Annual statistical returns and brief notes on vaccination in Bengal - 1896-1909
Year: 1896
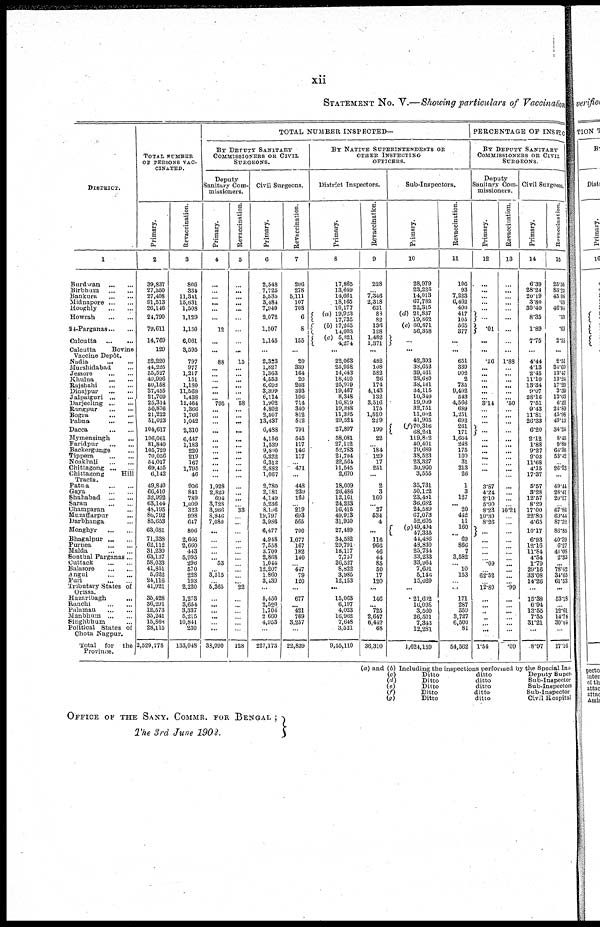
xii
STATEMENT No. V.—Showing particulars of Vaccination
DISTRICT.
1
Burdwan
...
...
Birbhum
...
...
Bankura
...
...
Midnapore
...
...
Hooghly
...
...
Howrah
...
...
24-Parganas ... ...
Calcutta
...
...
Calcutta
Bovine
Vaccine Depôt.
Nadia
...
...
Murshidabad ...
Jessore
...
...
Khulna
...
...
Rajshahi
...
...
Dinajpur
...
...
Jalpaiguri
...
...
Darjeeling
...
...
Rangpur
...
...
Bogra
...
...
Pabna
...
...
Dacca
...
...
Mymensingh ... ...
Faridpur
...
...
Backergunge ...
Tippera
...
...
Noakhali
...
...
Chittagong
...
...
Chittagong Hill
Tract.
Patna
...
...
Gaya
...
...
Shahabad
...
...
Saran
...
...
Champaran ...
Muzaffarpur ...
Darbhanga ...
Monghyr
...
...
Bhagalpur
...
...
Puruea
...
...
Malda
...
...
Sonthal Parganas ...
Cuttack
...
...
Balasore
...
...
Angul
...
...
Puri
...
...
Tributary States of
Orissa.
Hazaribagh
...
Ranchi
...
...
Palamau
...
...
Manbhum
...
...
Singhbhum ...
Political States of
Chota Nagpur.
Total
for
the
Province.
TOTAL NUMBER
OF PERSONS VAC¬
CINATED.
Primary.
2
39,837
27,350
27,408
91,513
26,146
24,790
79,611
14,769
129
52,220
44,225
55,527
40,996
50,158
37,455
21,709
25,314
50,876
21,222
51,023
104,617
196,061
81,840
105,729
70,056
54,017
69,455
6,142
49,840
66,410
32,992
63,144
48,195
80,792
85,653
63,681
71,338
62,112
31,230
63,137
58,033
41,851
5,622
24,116
41,921
35,428
36,291
12,573
35,241
15,868
28,115
2,529,778
Revaccination.
3
806
334
11,341
15,631
1,508
1,129
1,150
6,061
3,595
797
977
1,217
151
1,180
11,568
1,438
11,464
1,366
1,766
1,042
2,310
6,447
1,183
220
219
167
1,795
46
906
841
789
1,009
323
998
647
806
2,666
2,660
443
5,995
296
570
228
193
2,220
1,273
3,654
3,337
5,215
10,841
230
133,048
TOTAL NUMBER INSPECTED—
BY DEPUTY SANITARY
COMMISSIONERS OR CIVIL
SURGEONS.
Deputy
Sanitary Com-
missioners.
Primary.
4
...
...
...
... ...
...
12
...
...
88
...
...
...
...
...
...
795
...
...
...
...
...
...
...
...
...
...
...
1,928
2,820
694
3,728
3,966
8,946
7,080
...
...
...
...
... 53
... 3,515
... 5,365
...
...
...
...
... ...
38,990
Revaccinations
5
...
...
...
...
...
...
...
...
...
15
...
...
...
...
...
...
58
...
...
...
...
...
...
...
...
...
...
...
...
...
...
... 33
...
...
...
...
...
...
...
...
...
...
... 22
...
...
...
...
...
...
128
Civil Surgeons.
Primary.
6
2,548
7,725
5,535
3,484
7,949
2,072
1,507
1,145
...
2,323
1,827
1,363
4,553
6,692
3,399
6,114
1,902
4,802
2,507
13,437
6,488
4,156
1,539
9,800
6,332
6,312
2,882
1,067
2,780
2,181
4,149
5,236
8,156
19,797
3,986
6,477
4,948
7,558
3,700
2,868
1,044
12,207
1,860
3,439
...
5,450
2,520
1,704
2,660
4,953
...
227,173
Revaccination.
7
206
278
5,111
107
708
6
8
155
...
20
339
164
20
203
393
196
714
340
812
512
791
545
117
146
117
...
471
...
448
239
160
... 219
693
565
700
1,077
167
182
140
... 447
79
120
...
677
... 421
769
3,257
...
22,839
BY NATIVE SUPERINTENDENTS OR
OTHER INSPECTING
OFFICERS.
District Inspectors.
Primary.
8
17,865
13,649
14,661
18,165
10,177
(a) 19,923
17,735
(b) 17,265
14,003
(c) 5,321
4,274
...
22,063
25,958
14,643
18,410
25,919
19,467
8,348
16,819
19,388
11,395
29,524
27,897
58,081
27,112
52,783
21,704
22,564
11,545
2,670
18,009
26,486
12,161
24,223
16,415
49,913
31,950
27,489
34,582
29,791
18,117
7,757
26,527
8,822
3,985
12,153
...
15,063
6,197
4,023
16,962
7,648
3,521
9,55,110
Revaccination.
9
228
...
7,346
2,318
621
88
82
136
128
1,482
1,371
...
432
108
582
26
174
4,143
132
3,516
175
1,520
229
199
22
...
184
129
17
251
...
2
3
160
... 27
534
4
...
116
966
46
44
85
50
17
120
...
146
... 725
2,647
6,442
68
36,310
Sub-Inspectors.
Primary.
10
28,979
23,225
14,013
67,782
22,315
(d) 21,837
19,362
(e) 60,871
56,358
...
...
42,393
38,652
39,461
28,680
38,161
34,115
10,340
19,909
32,751
11,002
41,905
(f) 70,316
68,261
119,812
40,401
79,689
38,523
23,327
30,960
3,555
35,731
50,122
23,481
36,682
24,589
67,073
52,605
(g) 49,494
47,335
44,486
48,830
25,734
33,233
33,964
7,601
5,146
15,029
...
21,692
16,098
3,560
26,501
7,343
12,281
1,624,159
Revaccination.
11
106
93
7,223
6,462
400
417
105
565
377
...
...
651
339
902
2
735
9,492
543
4,566
689
1,251
692
261
171
1,604
248
175
100
31
213
26
1
3
127
... 20
442
11
160
... 69
866
7
3,582
... 10
153
... ...
171
287
559
3,727
6,500
81
54,562
PERCENTAGE OF INSPEC
BY DEPUTY SANITARY
COMMISSIONERS OR CIVIL
SURGEONS.
Deputy
Sanitary Com-
missioners.
Primary.
12
...
...
...
...
...
...
.01
...
...
.16
...
...
...
... ...
...
3.14
...
...
...
...
...
...
...
...
...
...
...
3.87
4.24
2.10
5.90
8.23
10.30
8.26
...
...
...
...
... .09
... 62.52
... 12.80
...
...
...
...
... ...
1.54
Revaccination.
13
...
...
...
...
...
...
...
...
...
1.88
...
...
...
...
...
...
.50
...
...
...
...
...
...
...
...
...
...
...
...
...
...
... 10.21
...
...
...
...
...
...
...
...
...
...
... .99
...
...
...
... ...
...
.09
Civil Surgeons.
Primary.
14
6.39
28.24
20.19
3.80
30.40
8.35
1.89
7.75
...
4.44
4.13
2.45
11.10
13.34
9.07
28.16
7.51
9.43
11.81
26.33
6.20
2.12
1.88
9.27
9.03
11.68
4.15
17.37
5.57
3.28
12.57
8.29
17.00
22.80
4.65
10.17
6.93
12.16
11.84
4.54
1.79
29.16
33.08
14.26
...
15.38
6.94
13.55
7.55
31.21
...
8.97
Revaccination.
15
25.56
83.23
45.06
.63
46.94
.53
.60
2.55
...
2.51
34.69
13.47
13.24
17.20
3.39
13.63
6.22
24.89
45.98
49.13
34.24
8.45
9.89
66.36
53.42
...
26.23
...
49.44
28.41
20.27
... 67.86
69.44
87.32
86.85
40.39
6.27
41.08
2.33
...
78.42
34.65
61.53
...
53.18
... 12.61
14.74
30.04
...
17.16
(a) and (b) Including the inspections performed by the Special Ins¬
(c)
Ditto
ditto
Deputy Super¬
(d)
Ditto
ditto
Sub-Inspector
(e)
Ditto
ditto
Sub-Inspectors
(f)
Ditto
ditto
Sub-Inspector
(g)
Ditto
ditto
Civil Hospital
OFFICE OF THE SANY. COMMR. FOR BENGAL ;
The 3rd June 1902.